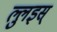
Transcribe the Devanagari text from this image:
ल्लुइस्